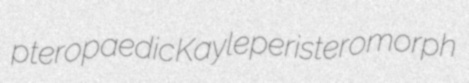
pteropaedic Kayle peristeromorph